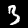
Label: 3